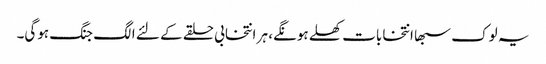
یہ لوک سبھا انتخابات کھلے ہونگے، ہر انتخابی حلقے کے لئے الگ جنگ ہوگی۔